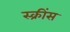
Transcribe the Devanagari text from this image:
स्क्रींस